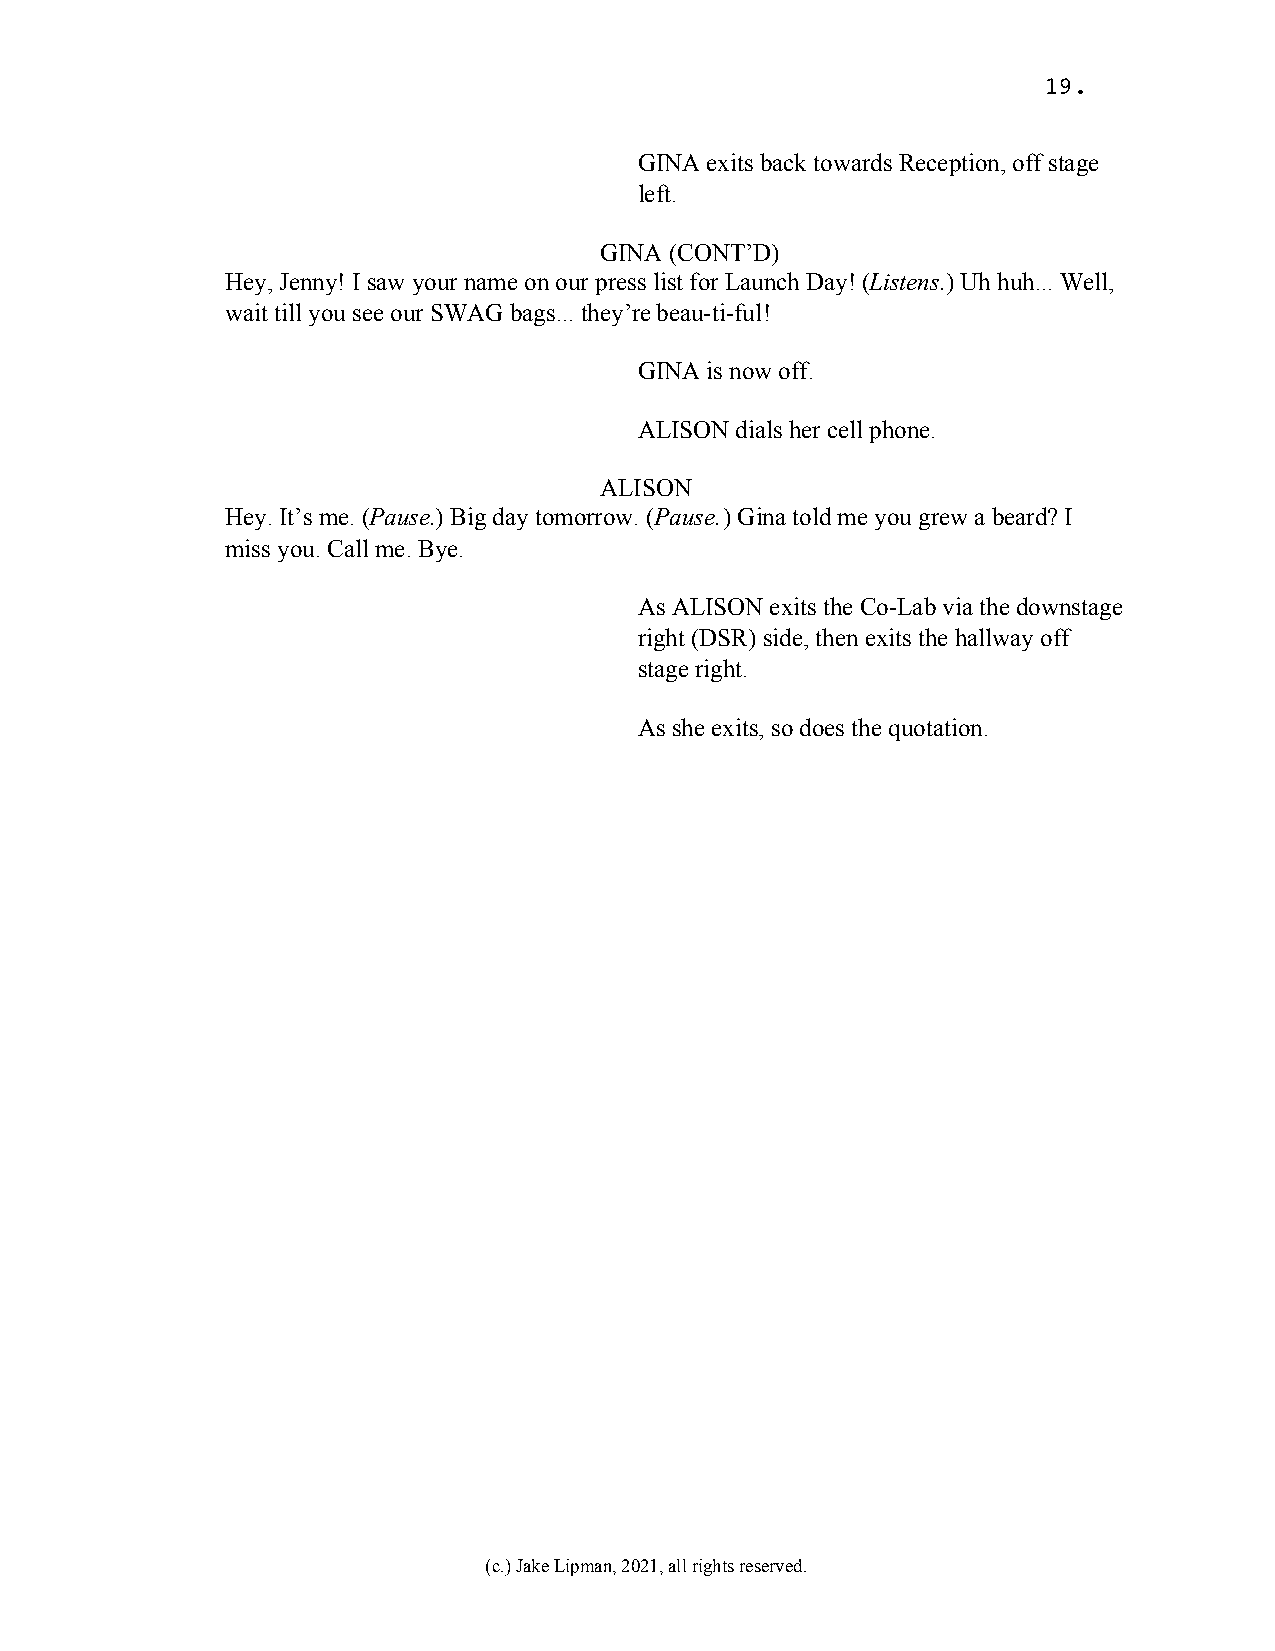
19.
 GINA exits back towards Reception, off stage
 left.
 GINA (CONT’D)
 Hey, Jenny! I saw your name on our press list for Launch Day! (Listens.) Uh huh... Well,
 wait till you see our SWAG bags... they’re beau-ti-ful!
 GINA is now off.
 ALISON dials her cell phone.
 ALISON
 Hey. It’s me. (Pause.) Big day tomorrow. (Pause.) Gina told me you grew a beard? I
 miss you. Call me. Bye.
 As ALISON exits the Co-Lab via the downstage
 right (DSR) side, then exits the hallway off
 stage right.
 As she exits, so does the quotation.
 (c.) Jake Lipman, 2021, all rights reserved.